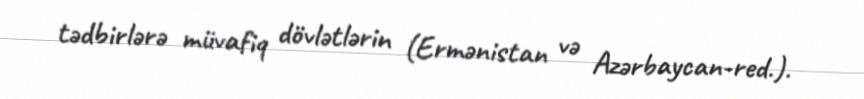
tədbirlərə müvafiq dövlətlərin (Ermənistan və Azərbaycan-red.).